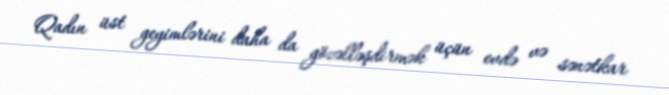
Qadın üst geyimlərini daha da gözəlləşdirmək üçün evdə və sənətkar